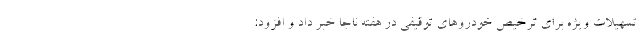
تسهیلات ویژه برای ترخیص خودروهای توقیفی در هفته ناجا خبر داد و افزود: